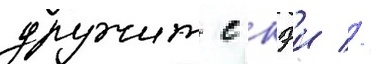
дружит с кэи //